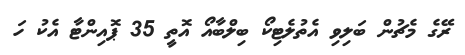
ރޭގެ މެޗުން ބަލިވި އެތުލެޓިކޯ ބިލްބާއޯ އޮތީ 35 ޕޮއިންޓާ އެކު ހަ